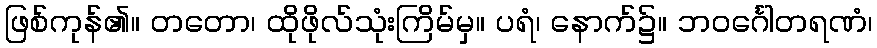
ဖြစ်ကုန်၏။ တတော၊ ထိုဖိုလ်သုံးကြိမ်မှ။ ပရံ၊ နောက်၌။ ဘဝင်္ဂေါတရဏံ၊